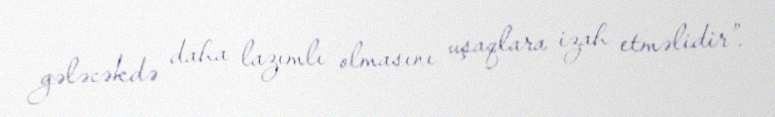
gələcəkdə daha lazımlı olmasını uşaqlara izah etməlidir”.